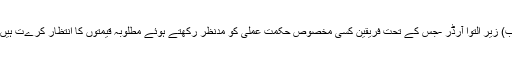
ب) زیر التوا آرڈر -جس کے تحت فریقین کسی مخصوص حکمت عملی کو مدنظر رکھتے ہوئے مطلوبہ قیمتوں کا انتظار کرےت ہیں۔